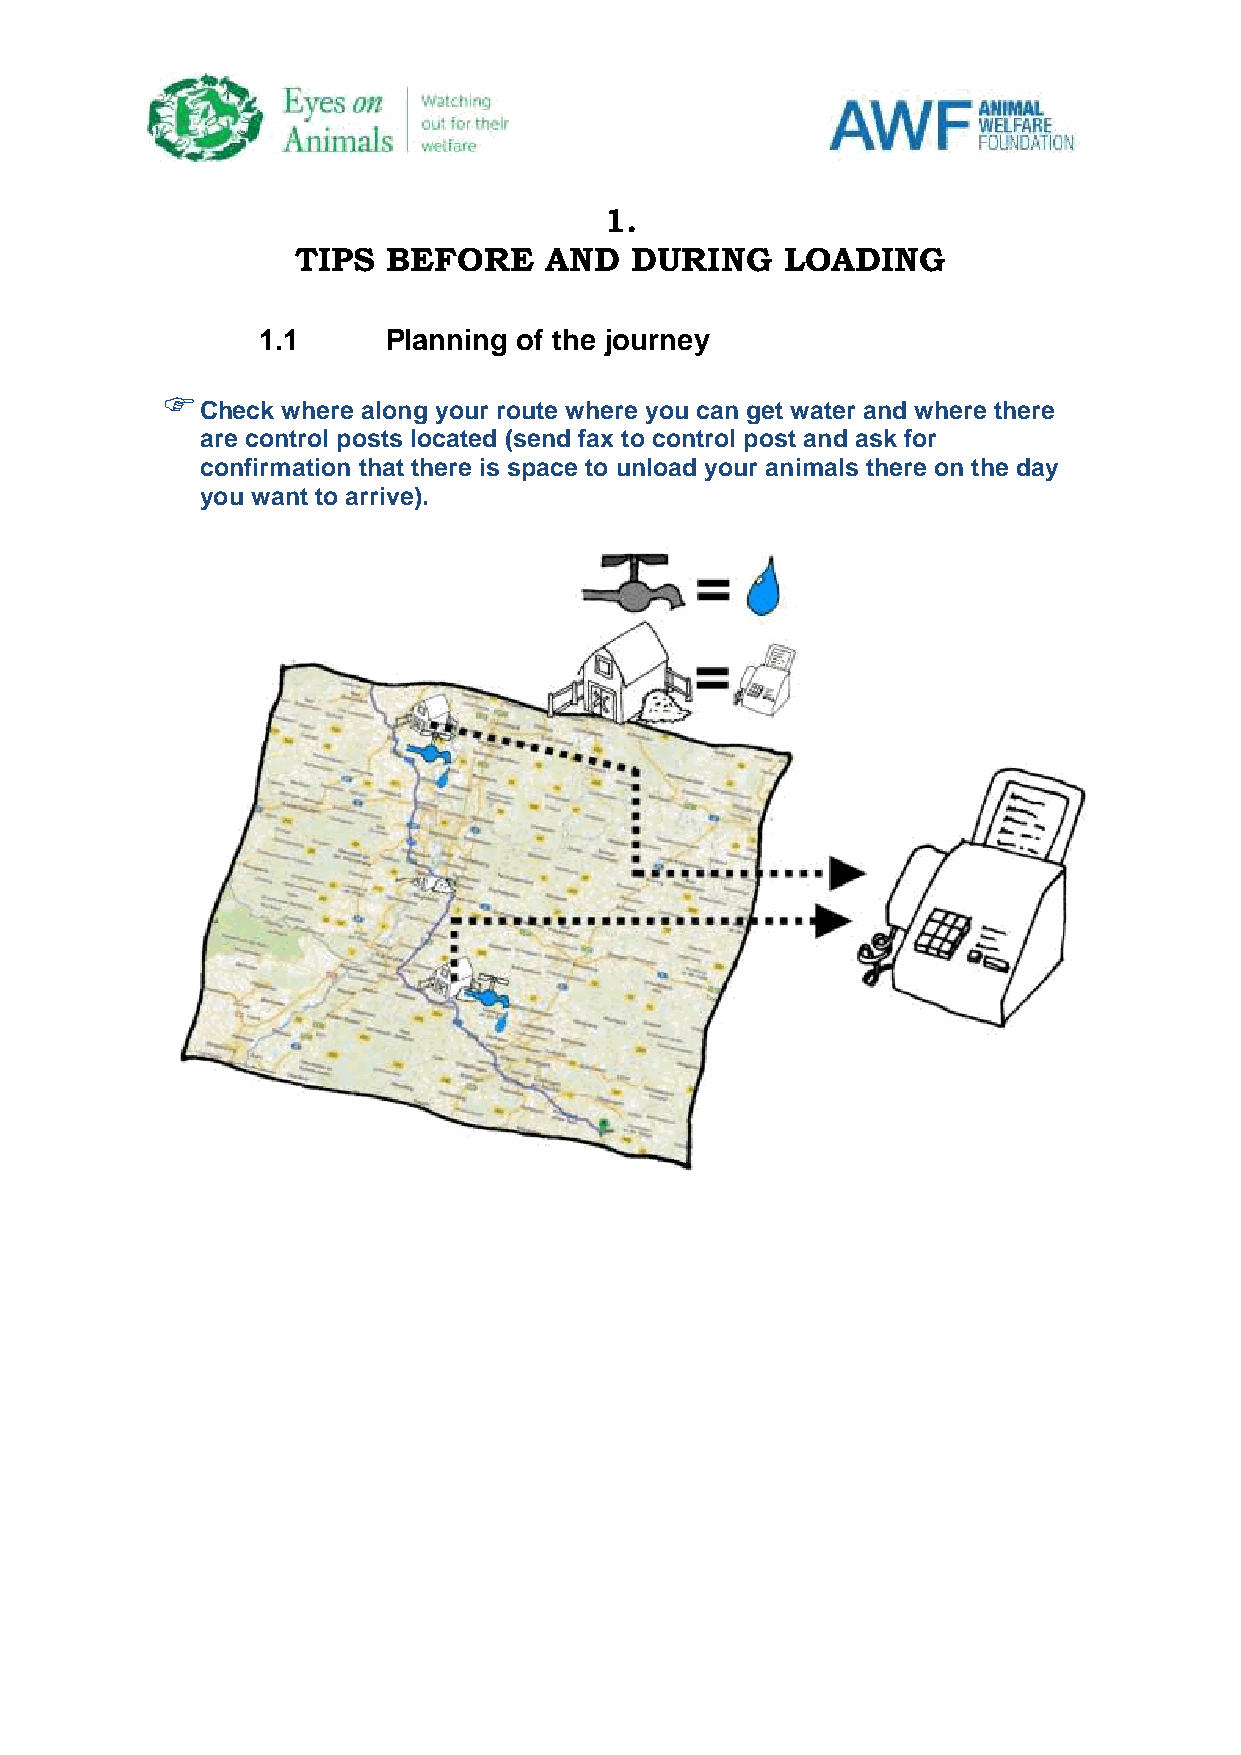
1.
 TIPS  BEFORE    AND   DURING    LOADING
 1.1      Planning of the journey
 
 Check where along your route where you can get water and where there
 are control posts located (send fax to control post and ask for
 confirmation that there is space to unload your animals there on the day
 you want to arrive).